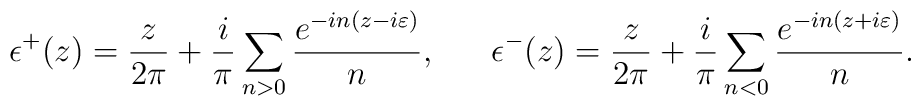
\epsilon^+(z)=\frac{z}{2\pi}+\frac{i}{\pi}\sum_{n>0}\frac{e^{-in(z-i\varepsilon)}}{n},~~~~~\epsilon^-(z)=\frac{z}{2\pi}+\frac{i}{\pi}\sum_{n<0}\frac{e^{-in(z+i\varepsilon)}}{n}.